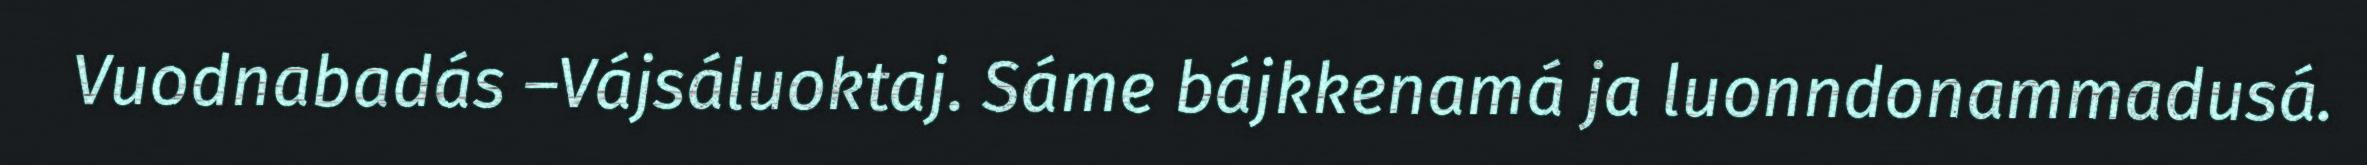
Vuodnabadás –Vájsáluoktaj. Sáme bájkkenamá ja luonndonammadusá.